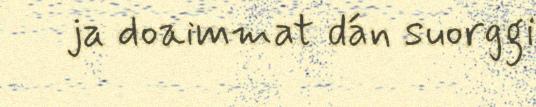
ja doaimmat dán suorggi